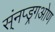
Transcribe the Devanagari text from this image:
स्ंनप्ड्रगओण